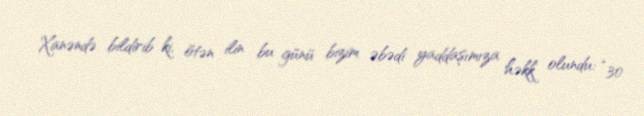
Xanəndə bildirib ki, ötən ilin bu günü bizim əbədi yaddaşımıza həkk olundu: “30